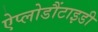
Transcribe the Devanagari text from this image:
ऐप्लोडौंटाइडी